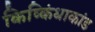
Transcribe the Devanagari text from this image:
किष्किंधाकांड